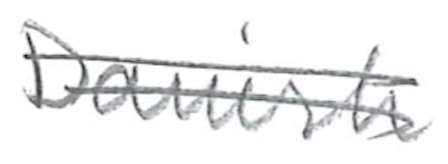
Text: Danish
Cross-out: double-line
Writing tool: pencil